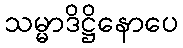
သမ္မာဒိဋ္ဌိနောပေ